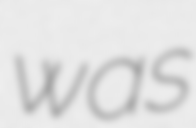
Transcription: was